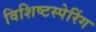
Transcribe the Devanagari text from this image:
विशिष्टस्पेरिंग